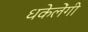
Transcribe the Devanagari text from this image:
धकेलेंगी